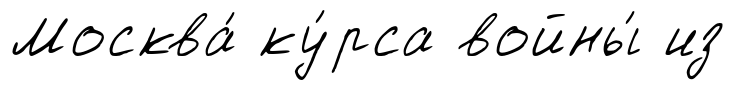
Москва́ ку́рса войны́ из